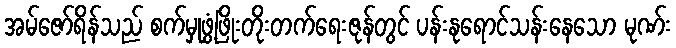
အမ်ဇော်ရိန်သည် စက်မှုဖွံ့ဖြိုးတိုးတက်ရေးဇုန်တွင် ပန်းနုရောင်သန်းနေသော မုဏ်း